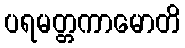
ပရမတ္တကာမောတိ